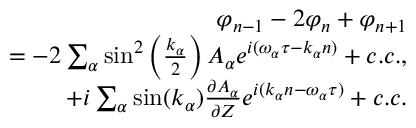
\begin{array} { r } { \varphi _ { n - 1 } - 2 \varphi _ { n } + \varphi _ { n + 1 } } \\ { = - 2 \sum _ { \alpha } \sin ^ { 2 } \left( \frac { k _ { \alpha } } { 2 } \right) A _ { \alpha } e ^ { i ( \omega _ { \alpha } \tau - k _ { \alpha } n ) } + c . c . , } \\ { + i \sum _ { \alpha } \sin ( k _ { \alpha } ) \frac { \partial A _ { \alpha } } { \partial Z } e ^ { i ( k _ { \alpha } n - \omega _ { \alpha } \tau ) } + c . c . } \end{array}